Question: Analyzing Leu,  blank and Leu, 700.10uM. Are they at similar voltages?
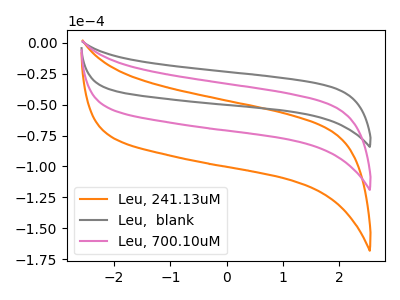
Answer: <think>The orange curve "Leu, 241.13uM" has no peaks. The gray curve "Leu,  blank" has no peaks. The pink curve "Leu, 700.10uM" has no peaks.
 Neither "Leu,  blank" or "Leu, 700.10uM" have any peaks.</think>
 <answer>"Leu,  blank" and "Leu, 700.10uM" are similar in shape.</answer>
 <eval>same_shape</eval>